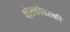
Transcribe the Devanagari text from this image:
बोरकोवस्की